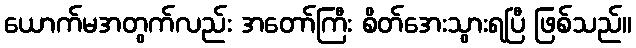
ယောက်မအတွက်လည်း အတော်ကြီး စိတ်အေးသွားရပြီ ဖြစ်သည်။